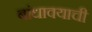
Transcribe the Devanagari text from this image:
बांधावयाची